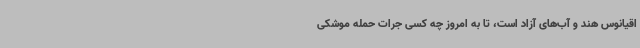
اقیانوس هند و آب‌های آزاد است، تا به امروز چه کسی جرات حمله موشکی